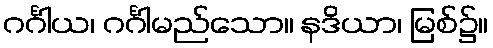
ဂင်္ဂါယ၊ ဂင်္ဂါမည်သော။ နဒိယာ၊ မြစ်၌။